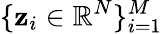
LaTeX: \{ \mathbf{z}_{i}\in\mathbb{{R}}^{N}\} _{i=1}^{M}